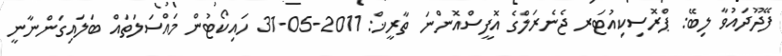
ފޭދޫދައުވާ ލިބޭ: ޕްރޮސިކިއުޓަރ ޖެނެރަލްގެ އޮފީސްއޮންނަ ތާރީޚް: 2011-05-31 ހައިކޯޓުން މައްސަލަތައް ބަލައިގަންނާނީ